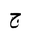
Letter: _gim